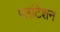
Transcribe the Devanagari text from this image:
प्लांटेशन